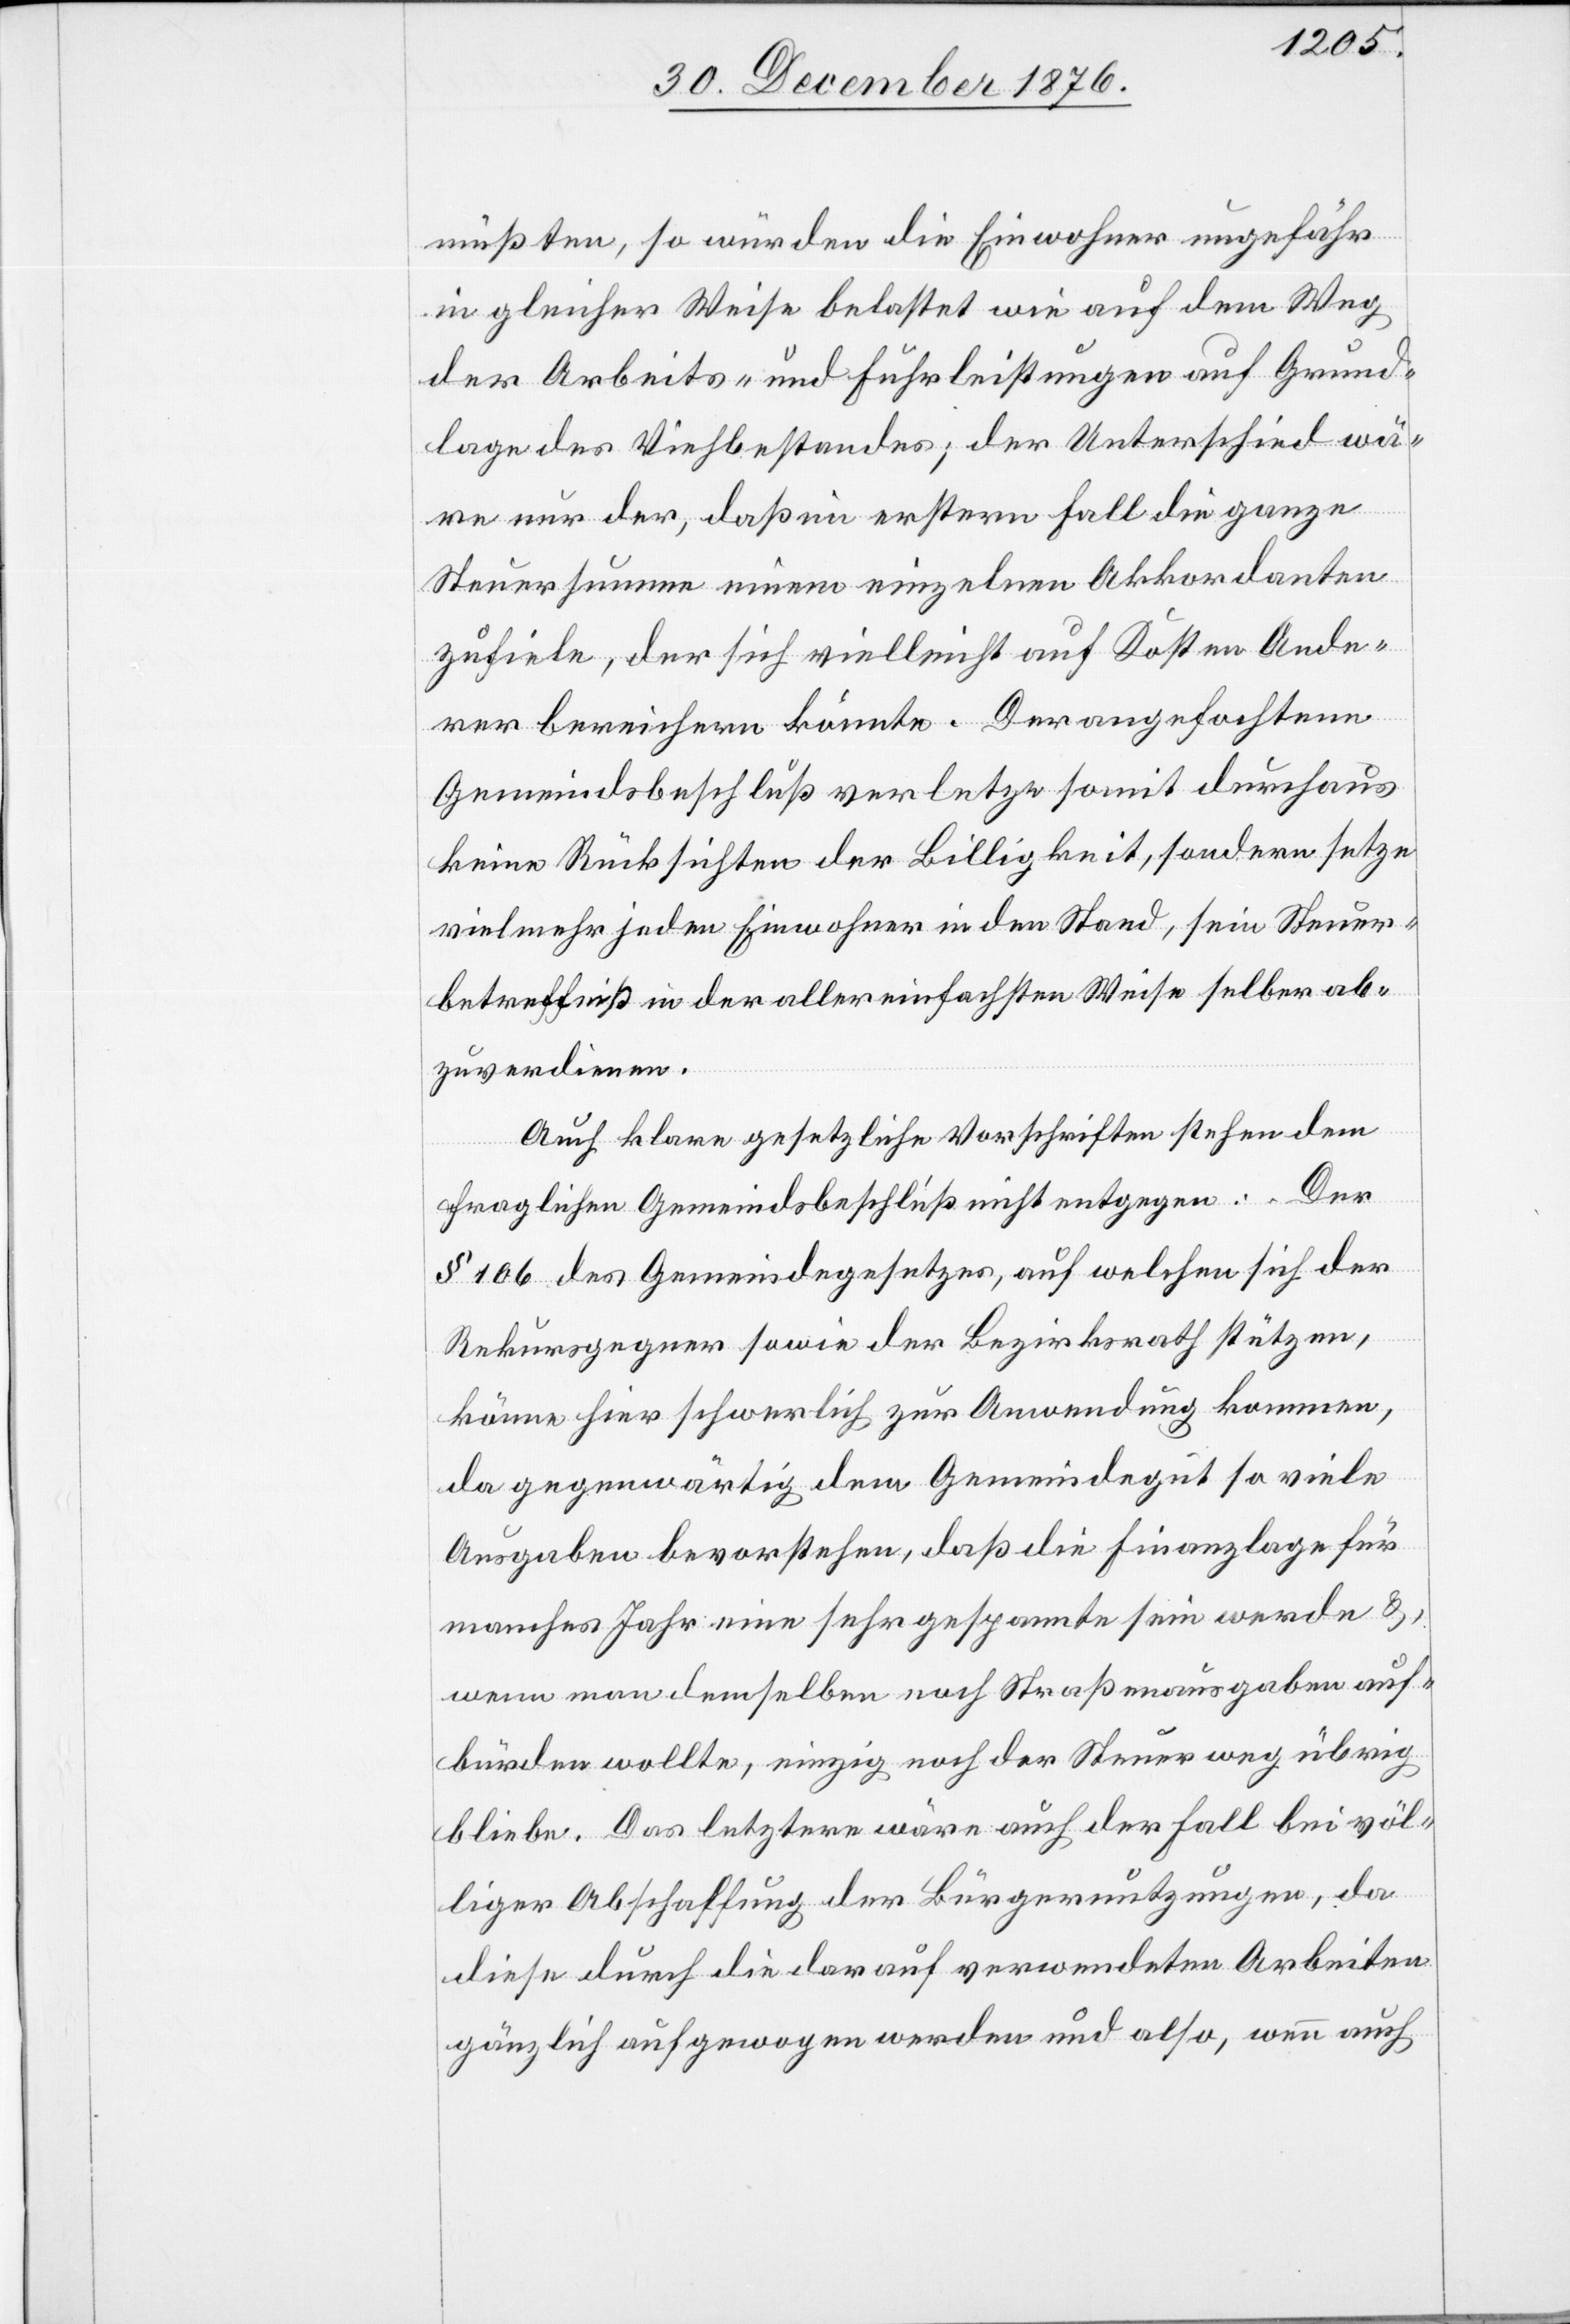
müßten, so würden die Einwohner ungefähr
in gleicher Weise belastet wie auf dem Weg
der Arbeits- und Fuhrleistungen auf Grund¬
lage des Viehbestandes; der Unterschied wä¬
re nur der, daß im erstern Fall die ganze
Steuersumme einem einzelnen Akkordanten
zufiele, der sich vielleicht auf Kosten Ande¬
rer bereichern könnte. Der angefochtene
Gemeindsbeschluß verletze somit durchaus
keine Rücksichten der Billigkeit, sondern setze
vielmehr jeden Einwohner in den Stand, sein Steuer¬
betreffniß in der allereinfachsten Weise selber ab¬
zuverdienen.
Auch klare gesetzliche Vorschriften stehen dem
fraglichen Gemeindsbeschluß nicht entgegen: Der
§ 106 des Gemeindegesetzes, auf welchen sich der
Rekursgegner sowie der Bezirksrath stützen,
könne hier schwerlich zur Anwendung kommen,
da gegenwärtig dem Gemeindegut so viele
Ausgaben bevorstehen, daß die Finanzlage für
manches Jahr eine sehr gespannte sein werde &,
wenn man demselben noch Straßenausgaben auf¬
bürden wollte, einzig noch der Steuerweg übrig
bliebe. Das letztere wäre auch der Fall bei völ¬
liger Abschaffung der Bürgernutzungen, da
diese durch die darauf verwendeten Arbeiten
gänzlich aufgewogen werden und also, wenn auch